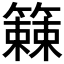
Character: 𫂧